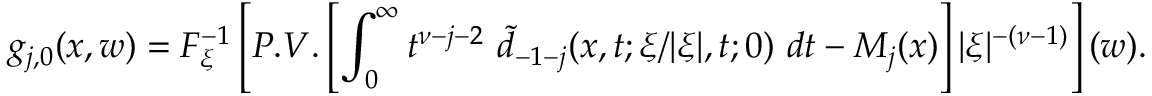
\displaystyle g _ { j , 0 } ( x , w ) = { \cal F } _ { \xi } ^ { - 1 } \left[ P . V . \left[ \int _ { 0 } ^ { \infty } t ^ { \nu - j - 2 } \ \tilde { d } _ { - 1 - j } ( x , t ; \xi / \vert \xi \vert , t ; 0 ) \ d t - M _ { j } ( x ) \right] \vert \xi \vert ^ { - ( \nu - 1 ) } \right] ( w ) .